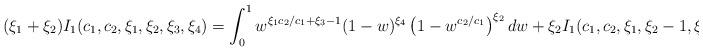
LaTeX: \begin{align*}(\xi_1+\xi_2)I_1(c_1,c_2,\xi_1,\xi_2,\xi_3,\xi_4)=\int_0^1w^{\xi_1c_2/c_1+\xi_3-1}(1-w)^{\xi_4}\left(1-w^{c_2/c_1}\right)^{\xi_2}dw+\xi_2I_1(c_1,c_2,\xi_1,\xi_2-1,\xi_3,\xi_4).\end{align*}